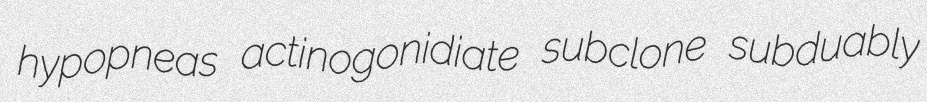
hypopneas actinogonidiate subclone subduably